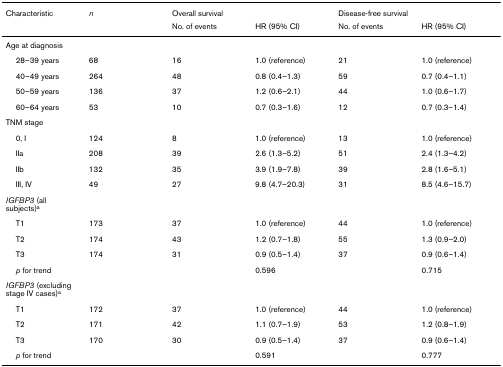
| Characteristic | n | <COLSPAN=2> Overall survival | <COLSPAN=2> Disease-free survival |
 |  |  | No. of events | HR (95% CI) | No. of events | HR (95% CI) |
 | --- | --- | --- | --- | --- | --- |
 | Age at diagnosis |  |  |  |  |  |
 | 28–39 years | 68 | 16 | 1.0 (reference) | 21 | 1.0 (reference) |
 | 40–49 years | 264 | 48 | 0.8 (0.4–1.3) | 59 | 0.7 (0.4–1.1) |
 | 50–59 years | 136 | 37 | 1.2 (0.6–2.1) | 44 | 1.0 (0.6–1.7) |
 | 60–64 years | 53 | 10 | 0.7 (0.3–1.6) | 12 | 0.7 (0.3–1.4) |
 | TNM stage |  |  |  |  |  |
 | 0, I | 124 | 8 | 1.0 (reference) | 13 | 1.0 (reference) |
 | IIa | 208 | 39 | 2.6 (1.3–5.2) | 51 | 2.4 (1.3–4.2) |
 | IIb | 132 | 35 | 3.9 (1.9–7.8) | 39 | 2.8 (1.6–5.1) |
 | III, IV | 49 | 27 | 9.8 (4.7–20.3) | 31 | 8.5 (4.6–15.7) |
 | IGFBP3 (all subjects)a |  |  |  |  |  |
 | T1 | 173 | 37 | 1.0 (reference) | 44 | 1.0 (reference) |
 | T2 | 174 | 43 | 1.2 (0.7–1.8) | 55 | 1.3 (0.9–2.0) |
 | T3 | 174 | 31 | 0.9 (0.5–1.4) | 37 | 0.9 (0.6–1.4) |
 | p for trend |  |  | 0.596 |  | 0.715 |
 | IGFBP3 (excluding stage IV cases)a |  |  |  |  |  |
 | T1 | 172 | 37 | 1.0 (reference) | 44 | 1.0 (reference) |
 | T2 | 171 | 42 | 1.1 (0.7–1.9) | 53 | 1.2 (0.8–1.9) |
 | T3 | 170 | 30 | 0.9 (0.5–1.4) | 37 | 0.9 (0.6–1.4) |
 | p for trend |  |  | 0.591 |  | 0.777 |